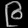
Digit: ၉